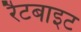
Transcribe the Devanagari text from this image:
रैटबाइट